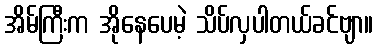
အိမ်ကြီးက အိုနေပေမဲ့ သိပ်လှပါတယ်ခင်ဗျာ။